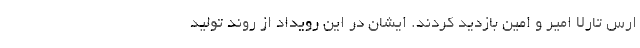
ارس تارلا امیر و امین بازدید کردند. ایشان در این رویداد از روند تولید